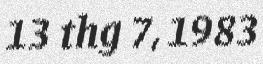
13 thg 7, 1983